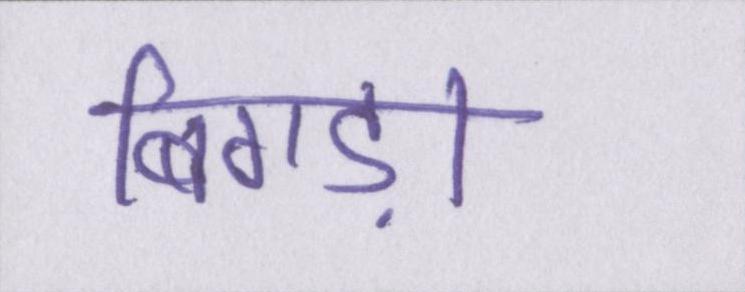
बिगड़ा